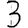
Digit: 3